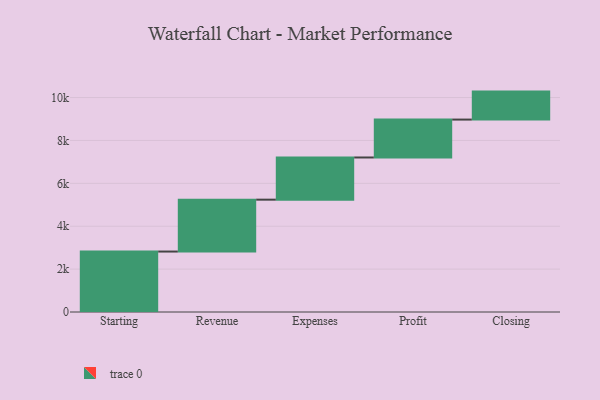
{"axis": {"x": "Step", "y": "Value"}, "legend": [""], "data": [{"x": "Starting", "y": 2819.0, "type": ""}, {"x": "Revenue", "y": 2420.0, "type": ""}, {"x": "Expenses", "y": 1967.0, "type": ""}, {"x": "Profit", "y": 1767.0, "type": ""}, {"x": "Closing", "y": 1305.0, "type": ""}]}